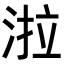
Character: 𭰪